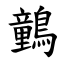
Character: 䴀